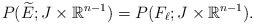
LaTeX: \begin{align*}P( \widetilde{E} ; J \times \mathbb{R}^{n-1}) = P( F_{\ell}; J \times \mathbb{R}^{n-1}).\end{align*}